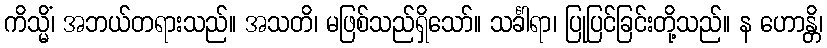
ကိသ္မိံ၊ အဘယ်တရားသည်။ အသတိ၊ မဖြစ်သည်ရှိသော်။ သင်္ခါရာ၊ ပြုပြင်ခြင်းတို့သည်။ န ဟောန္တိ၊